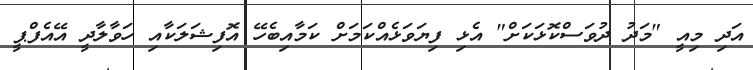
އަދި މިއީ "މަދު ދުވަސްކޮޅަކަށް" އެޅި ފިޔަވަޅެއްކަމަށް ކަމާއިބެހޭ އޮފިޝަލަކާއި ހަވާލާދީ އޭއެފްޕީ